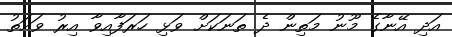
އަދި އޭނާގެ މޫނު މަތިން ދެ ތަނަކަށް ވަޅި ހަރަފާއިވާ އިރު ވައަތު